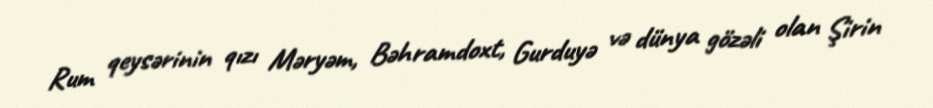
Rum qeysərinin qızı Məryəm, Bəhramdoxt, Gurduyə və dünya gözəli olan Şirin